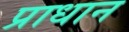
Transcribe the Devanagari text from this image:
प्राधान